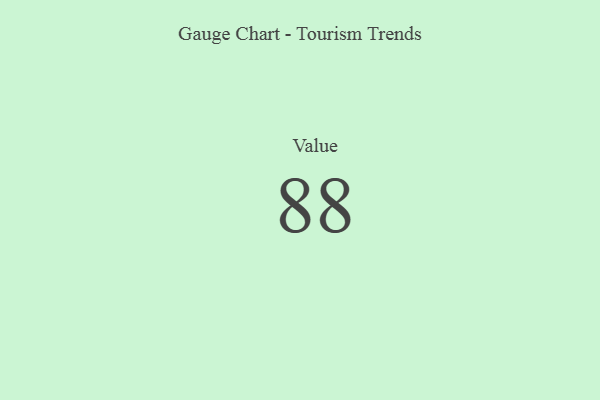
{"axis": {"x": "Metric", "y": "Value"}, "legend": [""], "data": [{"x": "Value", "y": 88, "type": ""}]}